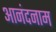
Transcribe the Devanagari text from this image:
आनंदनाम